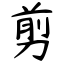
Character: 剪